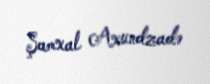
Şamxal Axundzadə